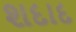
શદાદ